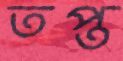
তপ্ত